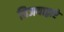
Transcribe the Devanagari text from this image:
विजयाद्वारे